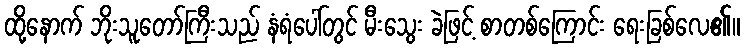
ထို့နောက် ဘိုးသူတော်ကြီးသည် နံရံပေါ်တွင် မီးသွေး ခဲဖြင့် စာတစ်ကြောင်း ရေးခြစ်လေ၏။